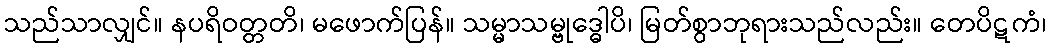
သည်သာလျှင်။ နပရိဝတ္တတိ၊ မဖောက်ပြန်။ သမ္မာသမ္ဗုဒ္ဓေါပိ၊ မြတ်စွာဘုရားသည်လည်း။ တေပိဋကံ၊